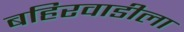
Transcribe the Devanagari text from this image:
बहिरवाडीला